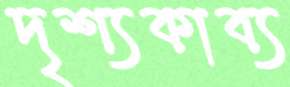
দৃশ্যকাব্য